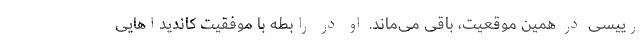
رییسی در همین موقعیت، باقی می‌ماند. او در رابطه با موفقیت کاندیداهایی